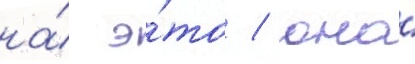
на́ э́то / она́